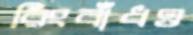
রিংবাঁধও